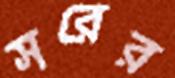
সরের